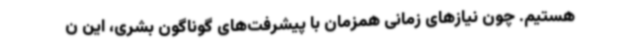
هستیم. چون نیازهای زمانی همزمان با پیشرفت‌های گوناگون بشری، این ن